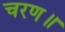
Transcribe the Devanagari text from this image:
चरण॥